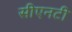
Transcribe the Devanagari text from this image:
सीएनटी